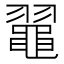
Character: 𪓦